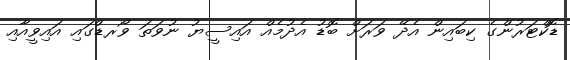
ޑޮކްޓަރުންގެ ކިބައިން އެދޭ ވަރަށް ބޮޑު އެދުމެއް އައިސީޔު ނުވަތަ ވޯރޑްގައި އައިވީއާއި